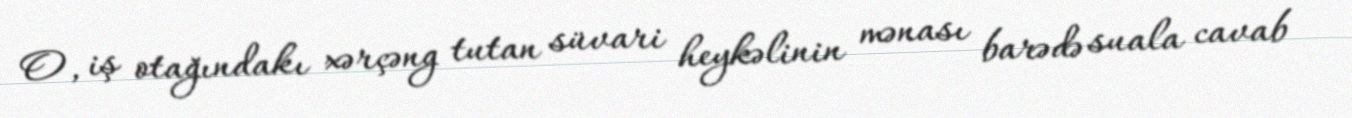
O, iş otağındakı xərçəng tutan süvari heykəlinin mənası barədə suala cavab